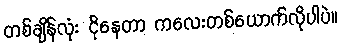
တစ်ချိန်လုံး ငိုနေတာ ကလေးတစ်ယောက်လိုပါပဲ။